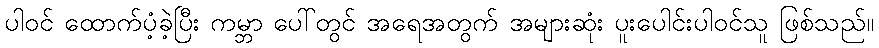
ပါဝင် ထောက်ပံ့ခဲ့ပြီး ကမ္ဘာ ပေါ်တွင် အရေအတွက် အများဆုံး ပူးပေါင်းပါဝင်သူ ဖြစ်သည်။